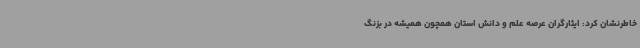
خاطرنشان کرد: ایثارگران عرصه علم و دانش استان همچون همیشه در بزنگ